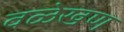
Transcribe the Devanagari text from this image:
वळेखण